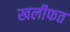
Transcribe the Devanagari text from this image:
खलीफत